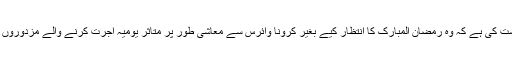
اسلامی نظریاتی کونسل کے شعبہ تحقیق نے ملک کے صاحب حیثیت اور صاحب استطاعت افراد سے درخواست کی ہے کہ وہ رمضان المبارک کا انتظار کیے بغیر کرونا وائرس سے معاشی طور پر متاثر یومیہ اجرت کرنے والے مزدوروں اور دیگر حاجت مندوں کو زکوۃ اور صدقات ادا کریں تاکہ ان کی معاشی ضروریات کی تکمیل میں آسانی ہو۔